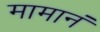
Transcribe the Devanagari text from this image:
मामानं